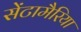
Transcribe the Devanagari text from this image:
सेंटामैरिया